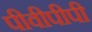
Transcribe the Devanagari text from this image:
पीवीपीपी